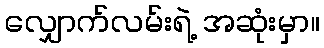
လျှောက်လမ်းရဲ့ အဆုံးမှာ။